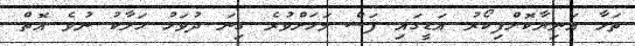
ތަޅާ އަނިޔާކޮށްފިކޯރު އަޑީގައި ފަސް މަހަށްވުރެ ގިނަ ދުވަހު ހަލާކު ނުވެ އޮތް